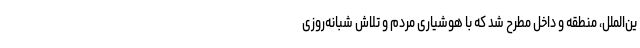
ین‌الملل، منطقه و داخل مطرح شد که با هوشیاری مردم و تلاش شبانه‌روزی